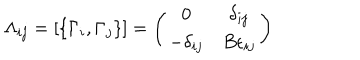
\Lambda _ { i j } = \left[ \{ \Gamma _ { i } , \Gamma _ { j } \} \right] = \left( \begin{array} { c c } { { 0 } } & { { \delta _ { i j } } } \\ { { - \delta _ { i j } } } & { { B \epsilon _ { i j } } } \\ \end{array} \right)